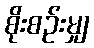
စိုးစဉ်းမျှ